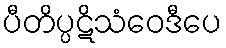
ပီတိပ္ပဋိသံဝေဒီပေ